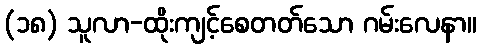
(၁၈) သူလာ-ထိုးကျင့်စေတတ်သော ဂမ်းလေနာ။